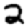
Digit: 2